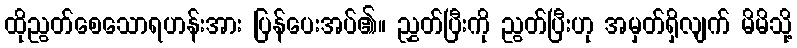
ထိုညွတ်စေသောရဟန်းအား ပြန်ပေးအပ်၏။ ညွှတ်ပြီးကို ညွတ်ပြီးဟု အမှတ်ရှိလျက် မိမိသို့